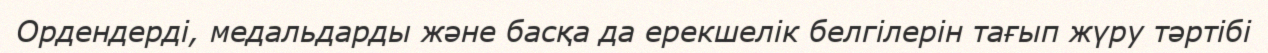
Ордендердi, медальдарды және басқа да ерекшелiк белгiлерiн тағып жүру тәртiбi